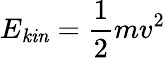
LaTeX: E_{\mathit{kin}}={\frac{1}{2}}mv^{2}